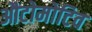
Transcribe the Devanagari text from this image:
औटोमोटिव